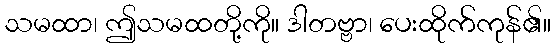
သမထာ၊ ဤသမထတို့ကို။ ဒါတဗ္ဗာ၊ ပေးထိုက်ကုန်၏။